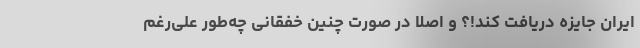
ایران جایزه دریافت کند!؟ و اصلا در صورت چنین خفقانی چه‌طور علی‌رغم